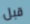
قبل